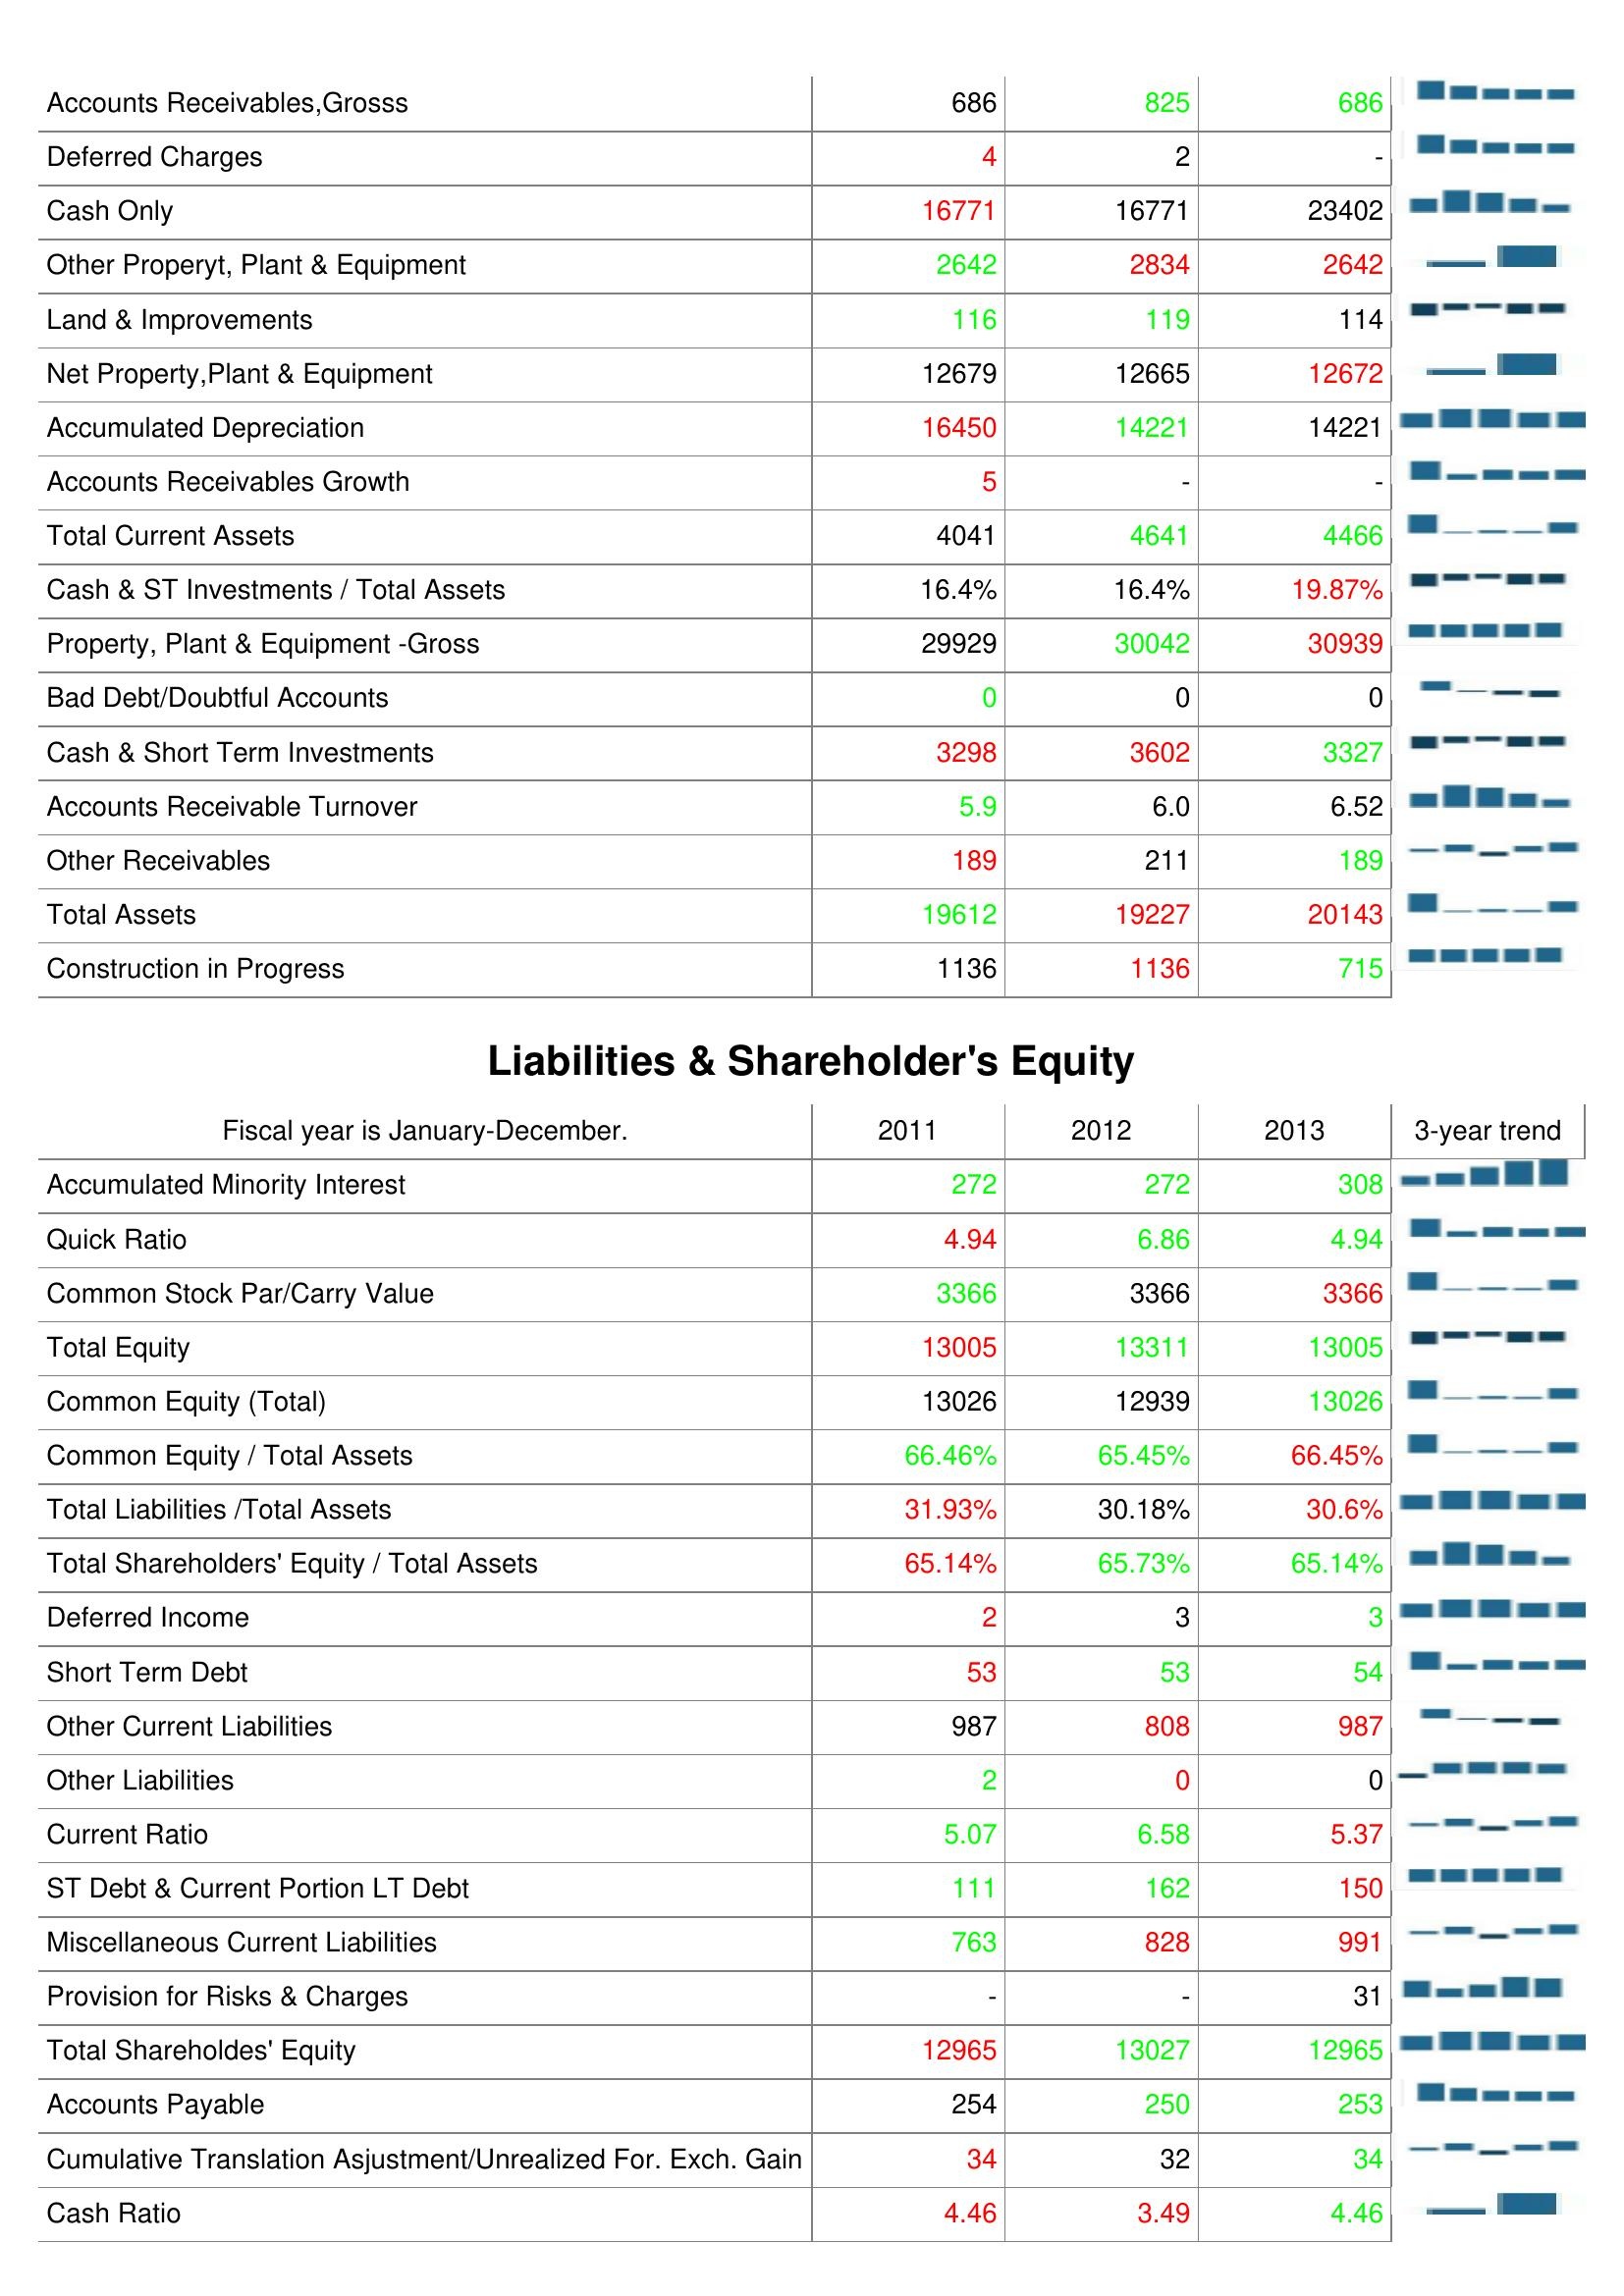
2011: Assets: Accounts Receivables,Grosss: 686
Deferred Charges: 4
Cash Only: 16771
Other Properyt, Plant & Equipment: 2642
Land & Improvements: 116
Net Property,Plant & Equipment: 12679
Accumulated Depreciation: 16450
Accounts Receivables Growth: 5
Total Current Assets: 4041
Cash & ST Investments / Total Assets: 16.4%
Property, Plant & Equipment -Gross: 29929
Bad Debt/Doubtful Accounts: 0
Cash & Short Term Investments: 3298
Accounts Receivable Turnover: 5.9
Other Receivables: 189
Total Assets: 19612
Construction in Progress: 1136
Liabilities & Shareholder's Equity: Accumulated Minority Interest: 272
Quick Ratio: 4.94
Common Stock Par/Carry Value: 3366
Total Equity: 13005
Common Equity (Total): 13026
Common Equity / Total Assets: 66.46%
Total Liabilities /Total Assets: 31.93%
Total Shareholders' Equity / Total Assets: 65.14%
Deferred Income: 2
Short Term Debt: 53
Other Current Liabilities: 987
Other Liabilities: 2
Current Ratio: 5.07
ST Debt & Current Portion LT Debt: 111
Miscellaneous Current Liabilities: 763
Provision for Risks & Charges: -
Total Shareholdes' Equity: 12965
Accounts Payable: 254
Cumulative Translation Asjustment/Unrealized For. Exch. Gain: 34
Cash Ratio: 4.46
2012: Assets: Accounts Receivables,Grosss: 825
Deferred Charges: 2
Cash Only: 16771
Other Properyt, Plant & Equipment: 2834
Land & Improvements: 119
Net Property,Plant & Equipment: 12665
Accumulated Depreciation: 14221
Accounts Receivables Growth: -
Total Current Assets: 4641
Cash & ST Investments / Total Assets: 16.4%
Property, Plant & Equipment -Gross: 30042
Bad Debt/Doubtful Accounts: 0
Cash & Short Term Investments: 3602
Accounts Receivable Turnover: 6.0
Other Receivables: 211
Total Assets: 19227
Construction in Progress: 1136
Liabilities & Shareholder's Equity: Accumulated Minority Interest: 272
Quick Ratio: 6.86
Common Stock Par/Carry Value: 3366
Total Equity: 13311
Common Equity (Total): 12939
Common Equity / Total Assets: 65.45%
Total Liabilities /Total Assets: 30.18%
Total Shareholders' Equity / Total Assets: 65.73%
Deferred Income: 3
Short Term Debt: 53
Other Current Liabilities: 808
Other Liabilities: 0
Current Ratio: 6.58
ST Debt & Current Portion LT Debt: 162
Miscellaneous Current Liabilities: 828
Provision for Risks & Charges: -
Total Shareholdes' Equity: 13027
Accounts Payable: 250
Cumulative Translation Asjustment/Unrealized For. Exch. Gain: 32
Cash Ratio: 3.49
2013: Assets: Accounts Receivables,Grosss: 686
Deferred Charges: -
Cash Only: 23402
Other Properyt, Plant & Equipment: 2642
Land & Improvements: 114
Net Property,Plant & Equipment: 12672
Accumulated Depreciation: 14221
Accounts Receivables Growth: -
Total Current Assets: 4466
Cash & ST Investments / Total Assets: 19.87%
Property, Plant & Equipment -Gross: 30939
Bad Debt/Doubtful Accounts: 0
Cash & Short Term Investments: 3327
Accounts Receivable Turnover: 6.52
Other Receivables: 189
Total Assets: 20143
Construction in Progress: 715
Liabilities & Shareholder's Equity: Accumulated Minority Interest: 308
Quick Ratio: 4.94
Common Stock Par/Carry Value: 3366
Total Equity: 13005
Common Equity (Total): 13026
Common Equity / Total Assets: 66.45%
Total Liabilities /Total Assets: 30.6%
Total Shareholders' Equity / Total Assets: 65.14%
Deferred Income: 3
Short Term Debt: 54
Other Current Liabilities: 987
Other Liabilities: 0
Current Ratio: 5.37
ST Debt & Current Portion LT Debt: 150
Miscellaneous Current Liabilities: 991
Provision for Risks & Charges: 31
Total Shareholdes' Equity: 12965
Accounts Payable: 253
Cumulative Translation Asjustment/Unrealized For. Exch. Gain: 34
Cash Ratio: 4.46